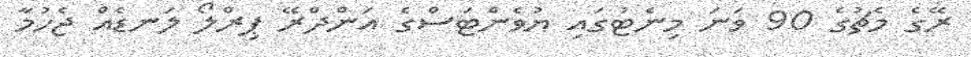
ރޭގެ މެޗުގެ 90 ވަނަ މިނެޓުގައި ޔުވެންޓަސްގެ އަންދްރޭ ޕިރްލޯ ލަނޑެއް ޖެހުމާ